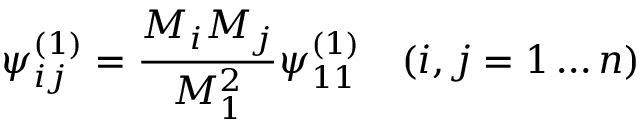
\psi _ { i j } ^ { ( 1 ) } = \frac { M _ { i } M _ { j } } { M _ { 1 } ^ { 2 } } \psi _ { 1 1 } ^ { ( 1 ) } \quad ( i , j = 1 \dots n )